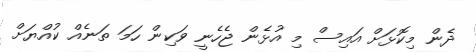
ދެން މިކޮޅަށް އައިސް މި އުޅެން ޖެހެނީ ވަކިން ހަމަ ތަނެއް ކުއްޔަށް